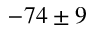
- 7 4 \pm 9